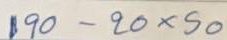
190 - 20x x 50